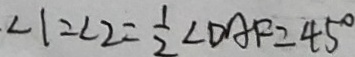
\angle 1 = \angle 2 = \frac { 1 } { 2 } \angle D A F = 4 5 ^ { \circ }